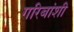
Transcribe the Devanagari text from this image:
गरिबांशी